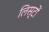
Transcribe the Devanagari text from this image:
लिस्टों